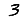
Digit: 3